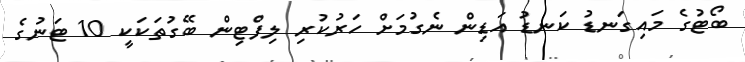
ބޯޓުގެ މައިގަނޑު ކަނޑު އަޑިން ނެގުމަށް ހަރުކުރި ލިފްޓިން ބޭގުތަކަކީ 10 ޓަނުގެ